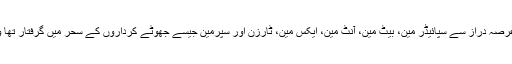
دراصل مغربی دنیا کو غم اس بات کا ہے کہ وہ مسلم نوجوان جو عرصہ دراز سے سپائیڈر مین، بیٹ مین، آنٹ مین، ایکس مین، ٹارزن اور سپرمین جیسے جھوٹے کرداروں کے سحر میں گرفتار تھا وہ نوجوان یکایک غازی ارطغرل کے سحر میں گرفتار ہو گیا ہے۔